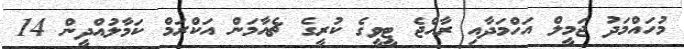
މުހައްމަދު ޖަމީލް އަހްމަދާއި ރާއްޖެ ޓީވީގެ ކުރީގެ ޗެއާމަން އަކްރަމް ކަމާލުއްދީން 14